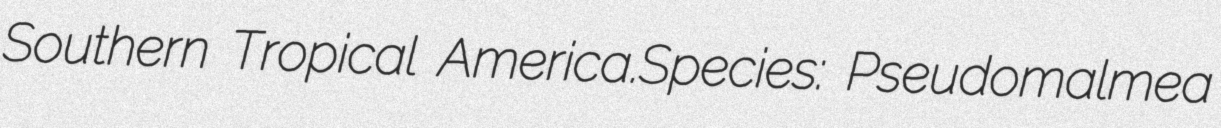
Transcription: Southern Tropical America.Species: Pseudomalmea